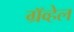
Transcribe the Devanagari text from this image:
ग्रॅव्हेल